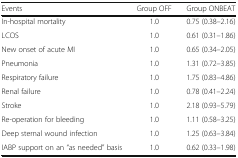
<table><thead><tr><td><b>Events</b></td><td><b>Group OFF</b></td><td><b>Group ONBEAT</b></td></tr></thead><tbody><tr><td>In-hospital mortality</td><td>1.0</td><td>0.75 (0.38–2.16)</td></tr><tr><td>LCOS</td><td>1.0</td><td>0.61 (0.31–1.86)</td></tr><tr><td>New onset of acute MI</td><td>1.0</td><td>0.65 (0.34–2.05)</td></tr><tr><td>Pneumonia</td><td>1.0</td><td>1.31 (0.72–3.85)</td></tr><tr><td>Respiratory failure</td><td>1.0</td><td>1.75 (0.83–4.86)</td></tr><tr><td>Renal failure</td><td>1.0</td><td>0.78 (0.41–2.24)</td></tr><tr><td>Stroke</td><td>1.0</td><td>2.18 (0.93–5.79)</td></tr><tr><td>Re-operation for bleeding</td><td>1.0</td><td>1.11 (0.58–3.25)</td></tr><tr><td>Deep sternal wound infection</td><td>1.0</td><td>1.25 (0.63–3.84)</td></tr><tr><td>IABP support on an “as needed” basis</td><td>1.0</td><td>0.62 (0.33–1.98)</td></tr></tbody></table>